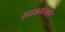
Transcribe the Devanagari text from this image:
साक्ष्यभार